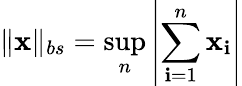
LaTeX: \| \mathbf{x}\| _{bs}=\sup_{n}\left|\sum_{\mathbf{i}=1}^{n}\mathbf{x}_{\mathbf{i}}\right|